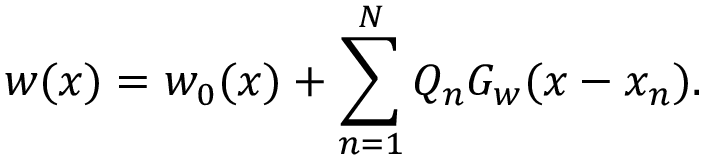
w ( x ) = w _ { 0 } ( x ) + \sum _ { n = 1 } ^ { N } Q _ { n } G _ { w } ( x - x _ { n } ) .